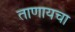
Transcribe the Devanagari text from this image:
ताणायचा